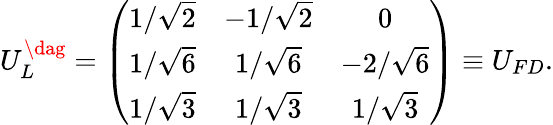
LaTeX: U_{L}^{\dag}=\left(\begin{array}{ccc}{{1/\sqrt{2}}}&{{-1/\sqrt{2}}}&{{0}}\\ {{1/\sqrt{6}}}&{{1/\sqrt{6}}}&{{-2/\sqrt{6}}}\\ {{1/\sqrt{3}}}&{{1/\sqrt{3}}}&{{1/\sqrt{3}}}\end{array}\right)\equiv U_{FD}.